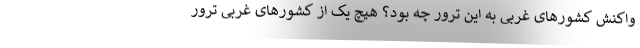
واکنش کشورهای غربی به این ترور چه بود؟ هیچ یک از کشورهای غربی ترور